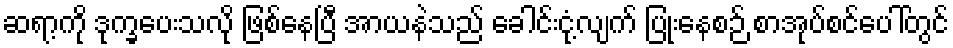
ဆရာ့ကို ဒုက္ခပေးသလို ဖြစ်နေပြီ အာယနဲသည် ခေါင်းငုံ့လျက် ပြုံးနေစဉ် စာအုပ်စင်ပေါ်တွင်